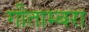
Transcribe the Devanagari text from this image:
गीताम्बरा